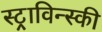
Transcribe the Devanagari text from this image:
स्ट्राविन्स्की